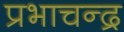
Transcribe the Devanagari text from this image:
प्रभाचन्द्र